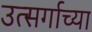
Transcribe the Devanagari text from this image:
उत्सर्गाच्या